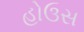
હોઉસ